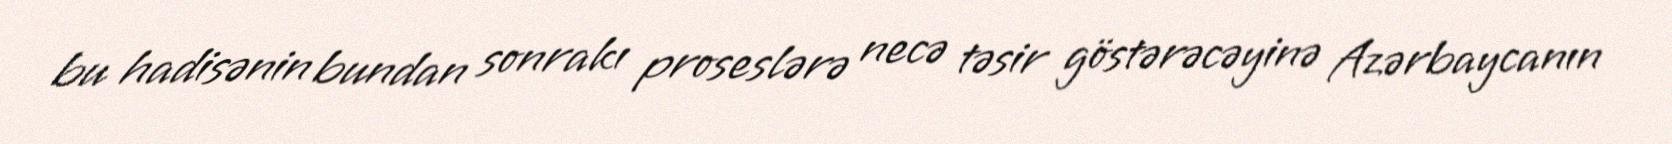
bu hadisənin bundan sonrakı proseslərə necə təsir göstərəcəyinə Azərbaycanın